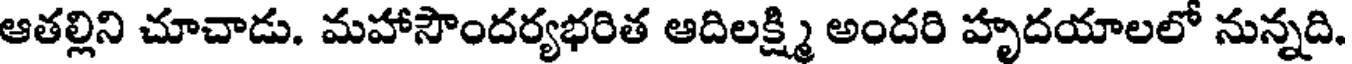
ఆతల్లిని చూచాడు. మహాసౌందర్యభరిత ఆదిలక్ష్మి అందరి హృదయాలలో నున్నది.